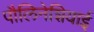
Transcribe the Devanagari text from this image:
पौलिनेशियाई